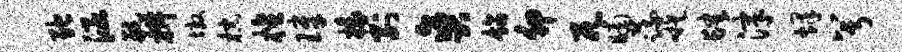
弛涵航椒墩棕檀璋椽别爽饰卯兀晡蔬嗾肆津烽兮